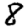
Digit: 8